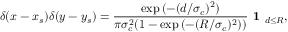
\delta ( x - x _ { s } ) \delta ( y - y _ { s } ) = \frac { \exp { ( - ( d / \sigma _ { c } ) ^ { 2 } ) } } { \pi \sigma _ { c } ^ { 2 } ( 1 - \exp { ( - ( R / \sigma _ { c } ) ^ { 2 } ) } ) } \textbf { 1 } _ { d \leq R } ,